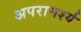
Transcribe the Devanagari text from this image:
अपरामर्श्य